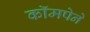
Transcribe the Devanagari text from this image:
कॉमपेने